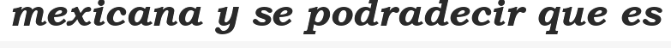
mexicana y se podradecir que es